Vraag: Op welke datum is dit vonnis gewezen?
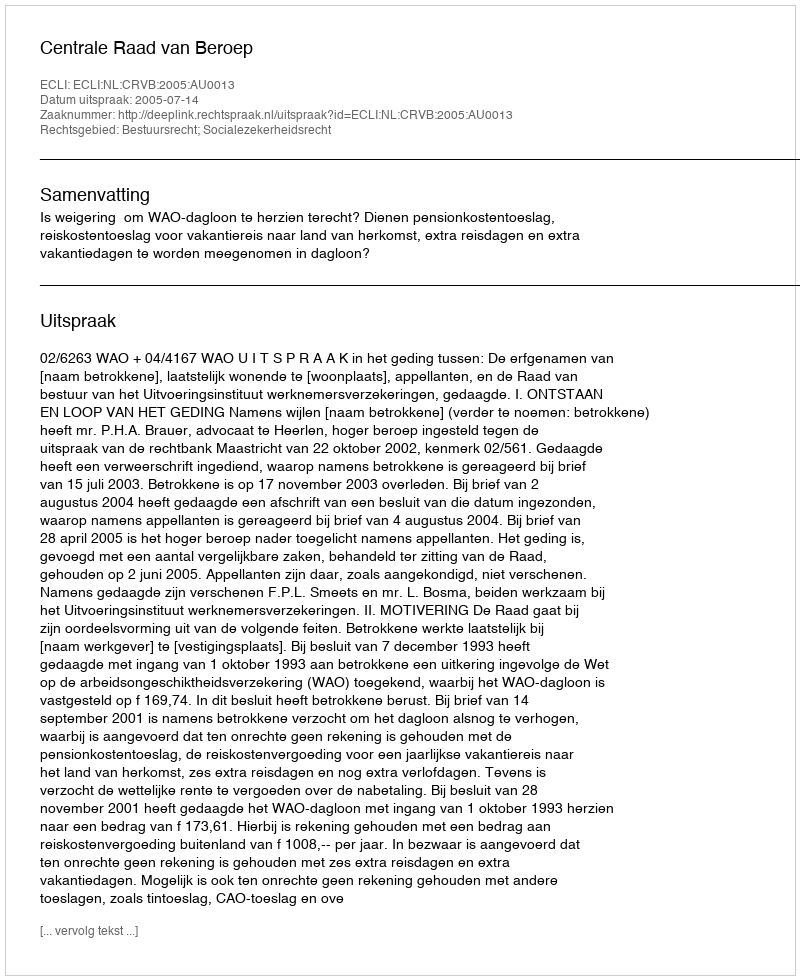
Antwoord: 2005-07-14